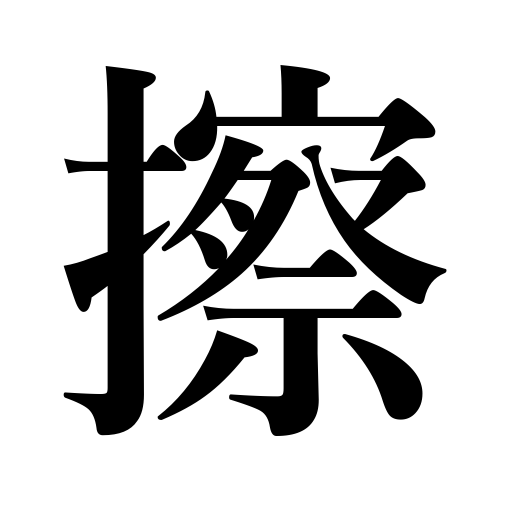
Meanings: chafe,scrub,scratch,frost glass,scour,become sophisticated,rub,strike a match,brush,wear,scrape